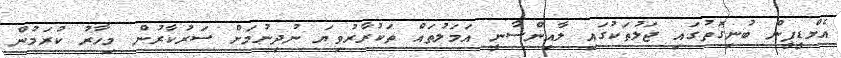
އެމްޑީޕީން ބުނިގޮތުގައި ޖަލުތަކުގައި ލާއިންސާނީ އަމަލުތައް ތަކުރާރުވިޔަ ނުދިނުމަށް ސަރުކާރުން މިހާރު ކުރަމުން